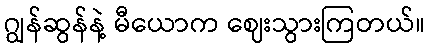
ဂျွန်ဆွန်နဲ့ မီယောက ဈေးသွားကြတယ်။